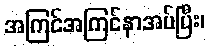
အကြင်အကြင်နာအပ်ပြီး၊